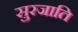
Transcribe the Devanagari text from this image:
सुरजाति